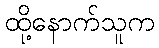
ထို့နောက်သူက